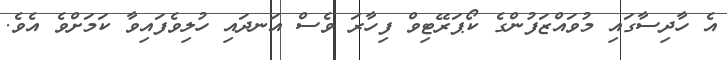
އެ ހާދިސާގައި މުވައްޒަފުންގެ ކޯޕަރޭޓިވް ފިހާރަ ވެސް އަނދައި ހުލިވެފައިވާ ކަމަށްވެ އެވެ.